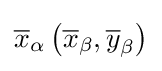
{\overline {x}}_{\alpha }\left({\overline {x}}_{\beta },{\overline {y}}_{\beta }\right)